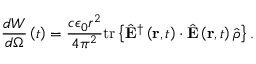
\frac { d W } { d \Omega } \left( t \right) = \frac { c \epsilon _ { 0 } r ^ { 2 } } { 4 \pi ^ { 2 } } \mathrm { t r } \left\{ \hat { \mathbf { E } } ^ { \dagger } \left( \mathbf { r } , t \right) \cdot \hat { \mathbf { E } } \left( \mathbf { r } , t \right) \hat { \rho } \right\} .